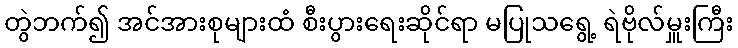
တွဲဘက်၍ အင်အားစုများထံ စီးပွားရေးဆိုင်ရာ မပြုသရွေ့ ရဲဗိုလ်မှူးကြီး